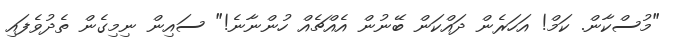
"މުސްކާން. ކަމް! އަހަރެން ދައްކަން ބޭނުން އެއްޗެއް ހުންނާނެ!" ސައިން ނިމިގެން ތެދުވެފައި